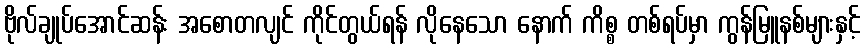
ဗိုလ်ချုပ်အောင်ဆန်း အစောတလျင် ကိုင်တွယ်ရန် လိုနေသော နောက် ကိစ္စ တစ်ရပ်မှာ ကွန်မြူနစ်များနှင့်